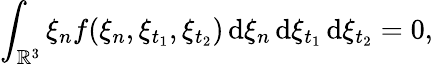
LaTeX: \int_{\mathbb{R}^{3}}\xi_{n}f(\xi_{n},\xi_{t_{1}},\xi_{t_{2}})\, \mathrm{d}\xi_{n}\, \mathrm{d}\xi_{t_{1}}\, \mathrm{d}\xi_{t_{2}}=0,